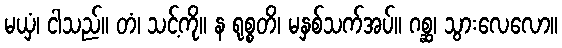
မယှံ၊ ငါသည်။ တံ၊ သင့်ကို။ န ရုစ္စတိ၊ မနှစ်သက်အပ်။ ဂစ္ဆ၊ သွားလေလော။